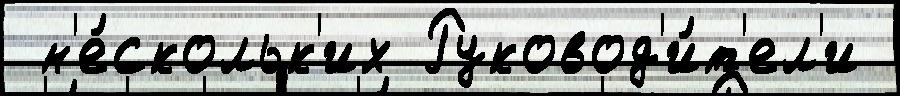
 н'е́скольк'их Руковод'и́т'ел'и